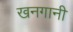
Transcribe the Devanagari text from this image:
खनगानी